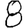
Digit: 8